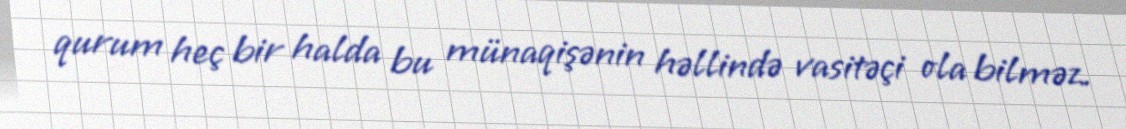
qurum heç bir halda bu münaqişənin həllində vasitəçi ola bilməz.